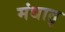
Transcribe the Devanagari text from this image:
मंधातृ